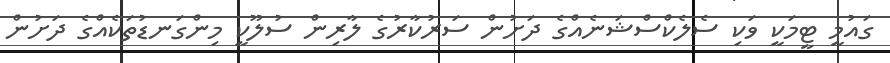
ގައުމީ ޓީމަކީ ވަކި ސެލެކްސްޝަނެއްގެ ދަށުން ސަރުކާރުގެ ލާރިން ސުލޫކީ މިންގަނޑުތަކެއްގެ ދަށުން